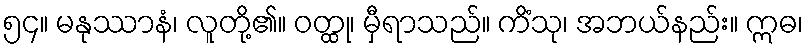
၅၄။ မနုဿာနံ၊ လူတို့၏။ ဝတ္ထု၊ မှီရာသည်။ ကိံသု၊ အဘယ်နည်း။ ဣဓ၊